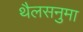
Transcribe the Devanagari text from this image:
थैलसनुमा